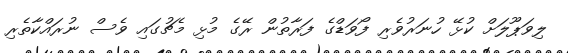
ލިވަޕޫލަށް ކުޅޭ ހުނަރުވެރި ފޯވަޑްގެ ފަރާތުން ރޭގެ މުޅި މެޗުގައި ވެސް ނުރައްކާތެރި